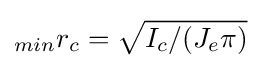
_{min}r_{c}={\sqrt {I_{c}/(J_{e}\pi )}}